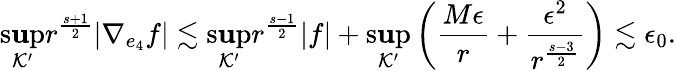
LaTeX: \operatorname*{s\mathbf{u}p}_{\mathcal{{K}}^{\prime}}r^{\frac{{s+1}}{{2}}}|\nabla_{e_{4}}f|\lesssim\operatorname*{s\mathbf{u}p}_{\mathcal{{K}}^{\prime}}r^{\frac{{s-1}}{{2}}}|f|+\operatorname*{s\mathbf{u}p}_{\mathcal{{K}}^{\prime}}\left(\frac{{M\epsilon}}{{r}}+\frac{{\epsilon^{2}}}{{r^{\frac{{s-3}}{{2}}}}}\right)\lesssim\epsilon_{0}.